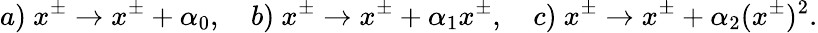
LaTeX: a)~x^{\pm}\rightarrow x^{\pm}+\alpha_{0},~~~~b)~x^{\pm}\rightarrow x^{\pm}+{\alpha_{1}}x^{\pm},~~~~c)~x^{\pm}\rightarrow{x^{\pm}}+\alpha_{2}(x^{\pm})^{2}.